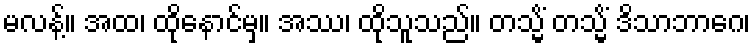
မလန့်။ အထ၊ ထိုနောင်မှ။ အဿ၊ ထိုသူသည်။ တသ္မိံ တသ္မိံ ဒိသာဘာဂေ၊